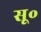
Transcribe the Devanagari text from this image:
सू॰